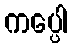
ကပ္ပေါ